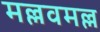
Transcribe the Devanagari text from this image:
मल्लवमल्ल